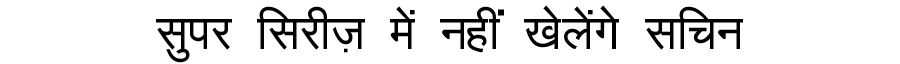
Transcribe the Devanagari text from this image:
सुपर सिरीज़ में नहीं खेलेंगे सचिन